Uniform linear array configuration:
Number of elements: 48
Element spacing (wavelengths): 1
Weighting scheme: hann
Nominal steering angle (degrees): -15
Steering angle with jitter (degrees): -13.691
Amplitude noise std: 0.05
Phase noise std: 0.05

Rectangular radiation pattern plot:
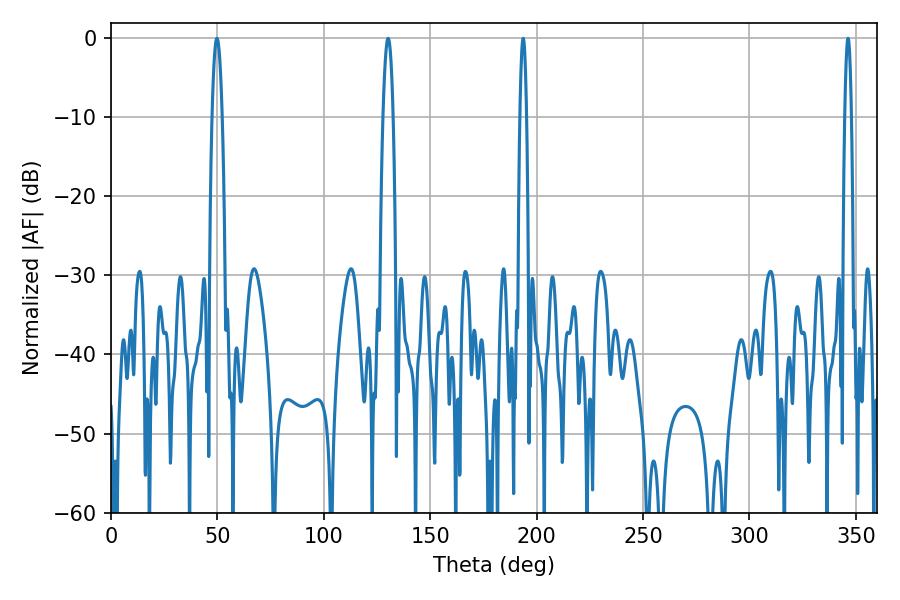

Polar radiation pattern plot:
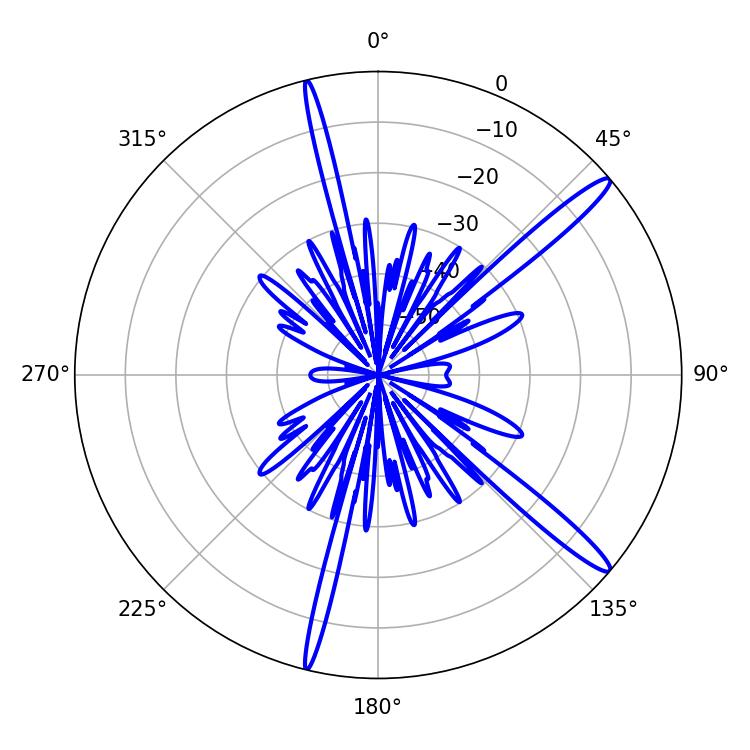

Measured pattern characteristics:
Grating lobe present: TRUE
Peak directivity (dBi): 15.174
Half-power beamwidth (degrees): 1.8
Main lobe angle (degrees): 346.32